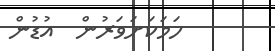
ހަމަކަށަވަރުން  އުޑުން